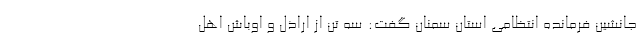
جانشین فرمانده انتظامی استان سمنان گفت: سه تن از اراذل و اوباش اهل